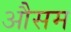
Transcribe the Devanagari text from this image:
औसम